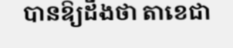
បានឱ្យដឹងថា តាខេជា